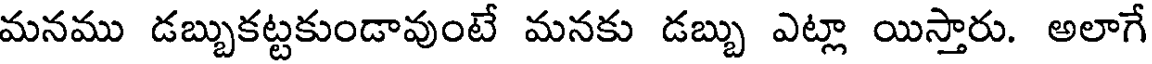
మనము డబ్బుకట్టకుండావుంటే మనకు డబ్బు ఎట్లా యిస్తారు. అలాగే